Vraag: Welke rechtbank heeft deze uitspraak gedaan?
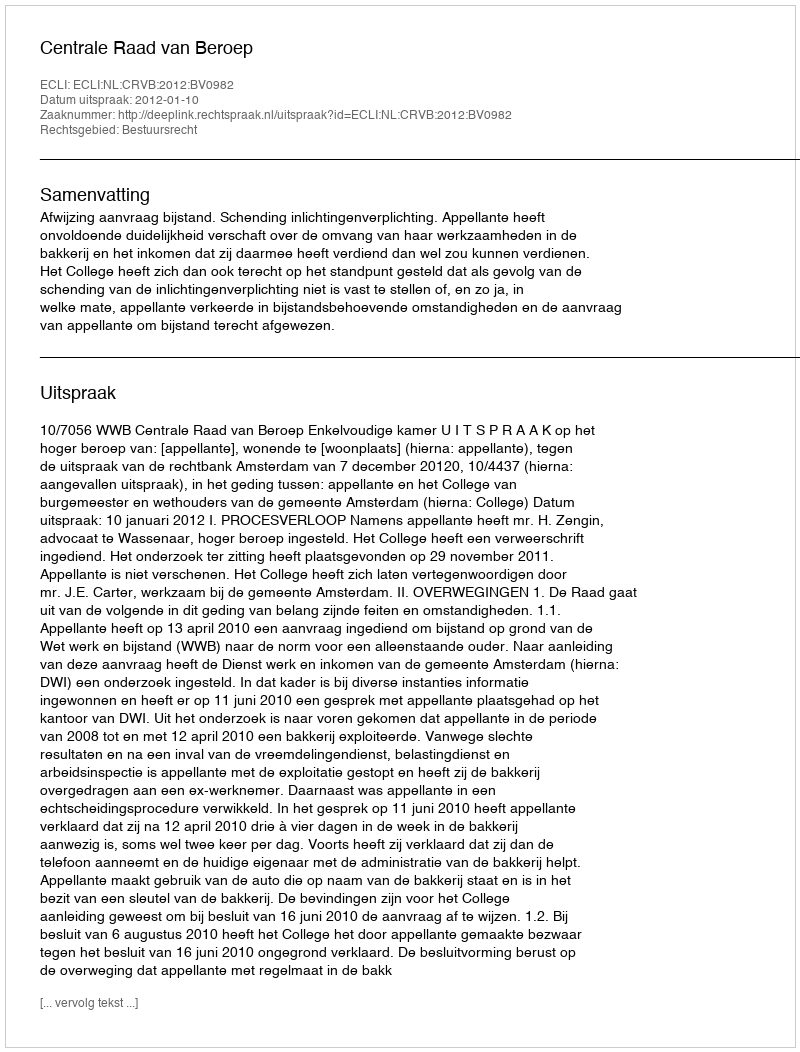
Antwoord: Centrale Raad van Beroep